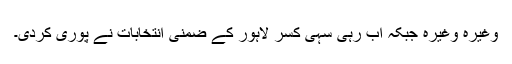
وغیرہ وغیرہ جبکہ اب رہی سہی کسر لاہور کے ضمنی انتخابات نے پوری کردی۔